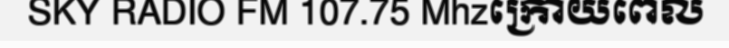
SKY RADIO FM 107.75 Mhzក្រោយពេល